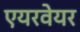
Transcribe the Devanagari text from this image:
एयरवेयर